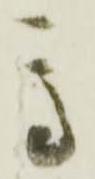
高